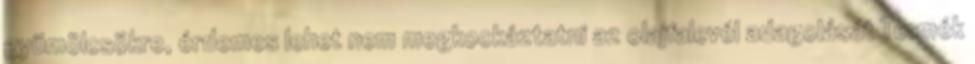
gyümölcsökre, érdemes lehet nem megkockáztatni az olajfalevél adagolását Termék